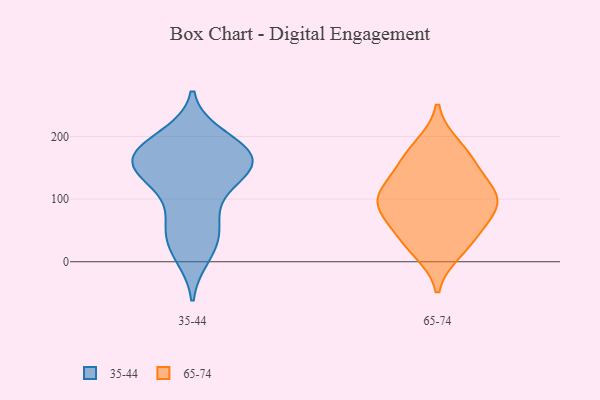
{"axis": {"x": "Operating Costs (USD K)", "y": "Value"}, "legend": ["35-44", "65-74"], "data": [{"x": "", "y": 10, "type": "35-44"}, {"x": "", "y": 62, "type": "35-44"}, {"x": "", "y": 200, "type": "35-44"}, {"x": "", "y": 49, "type": "35-44"}, {"x": "", "y": 120, "type": "35-44"}, {"x": "", "y": 141, "type": "35-44"}, {"x": "", "y": 142, "type": "35-44"}, {"x": "", "y": 42, "type": "35-44"}, {"x": "", "y": 151, "type": "35-44"}, {"x": "", "y": 88, "type": "35-44"}, {"x": "", "y": 176, "type": "35-44"}, {"x": "", "y": 18, "type": "35-44"}, {"x": "", "y": 162, "type": "35-44"}, {"x": "", "y": 161, "type": "35-44"}, {"x": "", "y": 193, "type": "35-44"}, {"x": "", "y": 186, "type": "35-44"}, {"x": "", "y": 167, "type": "35-44"}, {"x": "", "y": 148, "type": "35-44"}, {"x": "", "y": 164, "type": "35-44"}, {"x": "", "y": 165, "type": "65-74"}, {"x": "", "y": 100, "type": "65-74"}, {"x": "", "y": 87, "type": "65-74"}, {"x": "", "y": 33, "type": "65-74"}, {"x": "", "y": 93, "type": "65-74"}, {"x": "", "y": 184, "type": "65-74"}, {"x": "", "y": 46, "type": "65-74"}, {"x": "", "y": 155, "type": "65-74"}, {"x": "", "y": 114, "type": "65-74"}, {"x": "", "y": 79, "type": "65-74"}, {"x": "", "y": 18, "type": "65-74"}, {"x": "", "y": 116, "type": "65-74"}]}